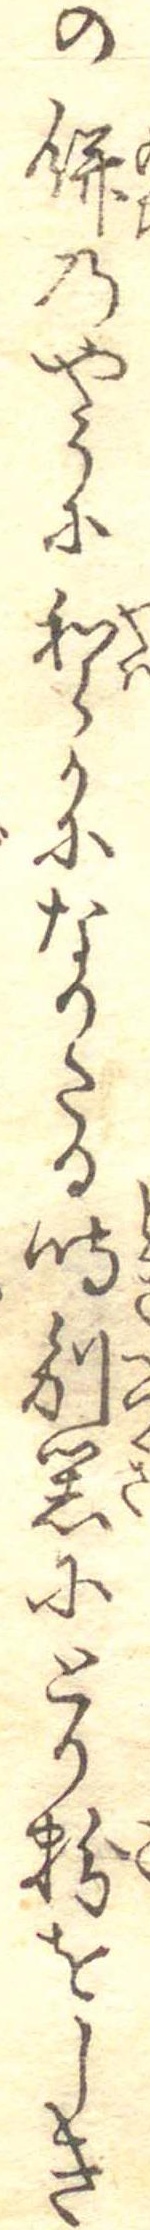
の餅のやうに和らかになりたる時別器にとり粉をしき